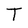
Character: T